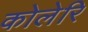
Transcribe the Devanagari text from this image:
कोलेरि